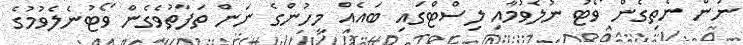
ނަން ނެތިގެން ވޯޓު ނުލެވުމާއި ލިސްޓްގައި ބައެއް މީހުންގެ ނަން ތަފާތުވެގެން ވޯޓުނެލެވުމުގެ